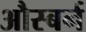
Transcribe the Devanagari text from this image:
औस्बर्न